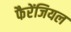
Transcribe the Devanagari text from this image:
फैरेंजियल